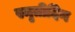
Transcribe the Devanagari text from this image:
स्मृतीदिन